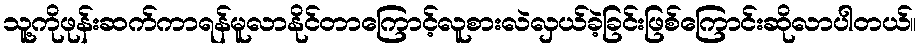
သူ့ကိုဖုန်းဆက်ကာရန်မူလာနိုင်တာကြောင့်လူစားလဲလှယ်ခဲ့ခြင်းဖြစ်ကြောင်းဆိုလာပါတယ်။